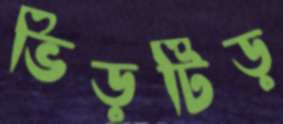
ভিড়টিড়